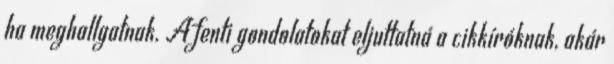
ha meghallgatnak. A fenti gondolatokat eljuttatná a cikkíróknak, akár